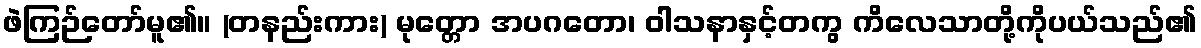
ဖဲကြဉ်တော်မူ၏။ (တနည်းကား) မုတ္တော အပဂတော၊ ဝါသနာနှင့်တကွ ကိလေသာတို့ကိုပယ်သည်၏